Annual administration report of the Civil Veterinary Department of India - 1894-1895
Year: 1894
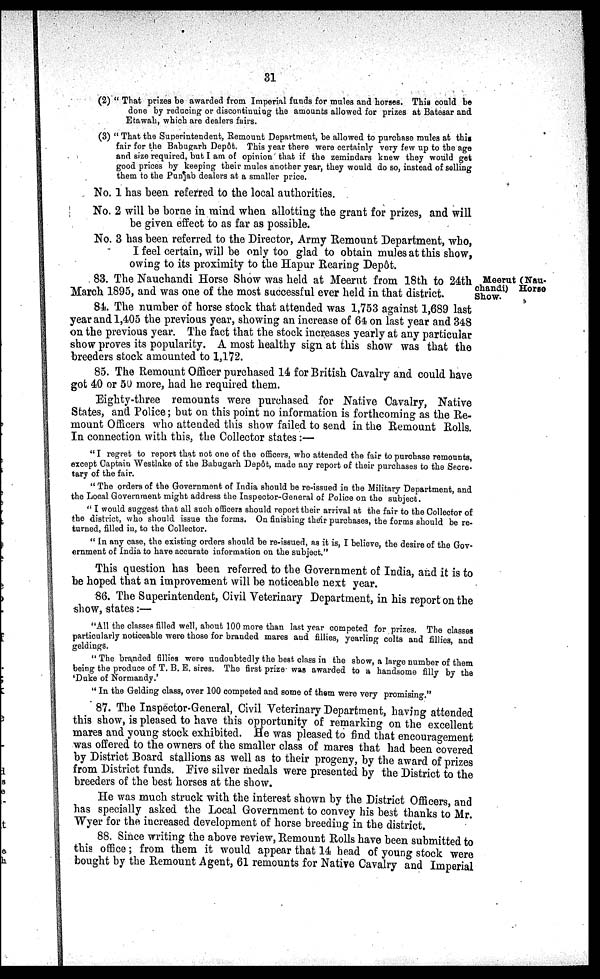
31
(2) " That prizes be awarded from Imperial funds for mules and horses. This could be
done by reducing or discontinuing the amounts allowed for prizes at Batesar and
Etawah, which are dealers fairs.
(3) " That the Superintendent, Remount Department, be allowed to purchase mules at this
fair for the Babugarh Depôt. This year there were certainly very few up to the age
and size required, but I am of opinion that if the zemindars knew they would get
good prices by keeping their mules another year, they would do so, instead of selling
them to the Punjab dealers at a smaller price.
No. 1 has been referred to the local authorities.
No. 2 will be borne in mind when allotting the grant for prizes, and will
be given effect to as far as possible.
No. 3 has been referred to the Director, Army Remount Department, who,
I feel certain, will be only too glad to obtain mules at this show,
owing to its proximity to the Hapur Rearing Depôt.
Meerut (Nau-
chandi) Horse
Show.
83. The Nauchandi Horse Show was held at Meerut from 18th to 24th
March 1895, and was one of the most successful ever held in that district.
84. The number of horse stock that attended was 1,753 against 1,689 last
year and 1,405 the previous year, showing an increase of 64 on last year and 348
on the previous year. The fact that the stock increases yearly at any particular
show proves its popularity. A most healthy sign at this show was that the
breeders stock amounted to 1,172.
85. The Remount Officer purchased 14 for British Cavalry and could have
got 40 or 50 more, had he required them.
Eighty-three remounts were purchased for Native Cavalry, Native
States, and Police; but on this point no information is forthcoming as the Re-
mount Officers who attended this show failed to send in the Remount Rolls.
In connection with this, the Collector states :—
"I regret to report that not one of the officers, who attended the fair to purchase remounts,
except Captain Westlake of the Babugarh Depot, made any report of their purchases to the Secre-
tary of the fair.
" The orders of the Government of India should be re-issued in the Military Department, and
the Local Government might address the Inspector-General of Police on the subject.
" I would suggest that all such officers should report their arrival at the fair to the Collector of
the district, who should issue the forms. On finishing their purchases, the forms should be re-
turned, filled in, to the Collector.
" In any case, the existing orders should be re-issued, as it is, I believe, the desire of the Gov-
ernment of India to have accurate information on the subject."
This question has been referred to the Government of India, and it is to
be hoped that an improvement will be noticeable next year.
86. The Superintendent, Civil Veterinary Department, in his report on the
show, states:—
"All the classes filled well, about 100 more than last year competed for prizes. The classes
particularly noticeable were those for branded mares and fillies, yearling colts and fillies, and
geldings.
" The branded fillies were undoubtedly the best class in the show, a large number of them
being the produce of T. B. E. sires. The first prize was awarded to a handsome filly by the
'Duke of Normandy.'
" In the Gelding class, over 100 competed and some of them were very promising."
87. The Inspector-General, Civil Veterinary Department, having attended
this show, is pleased to have this opportunity of remarking on the excellent
mares and young stock exhibited. He was pleased to find that encouragement
was offered to the owners of the smaller class of mares that had been covered
by District Board stallions as well as to their progeny, by the award of prizes
from District funds. Five silver medals were presented by the District to the
breeders of the best horses at the show.
He was much struck with the interest shown by the District Officers, and
has specially asked the Local Government to convey his best thanks to Mr.
Wyer for the increased development of horse breeding in the district.
88. Since writing the above review, Remount Rolls have been submitted to
this office; from them it would appear that 14 head of young stock were
bought by the Remount Agent, 61 remounts for Native Cavalry and Imperial